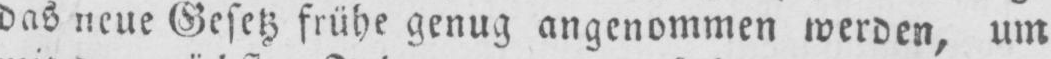
das neue Gesetz frühe genug angenommen werden, um